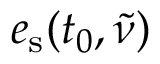
e _ { \mathrm { s } } ( t _ { 0 } , \tilde { \nu } )